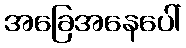
အခြေအနေပေါ်